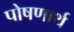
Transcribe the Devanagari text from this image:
पोषणार्थ